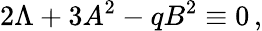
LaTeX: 2\Lambda+3A^{2}-qB^{2}\equiv 0\, ,